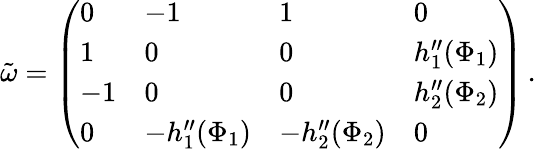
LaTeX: \begin{array}{r}{\tilde{\omega}=\left(\begin{array}{llll}{0}&{-1}&{1}&{0}\\ {1}&{0}&{0}&{h_{1}^{\prime\prime}(\Phi_{1})}\\ {-1}&{0}&{0}&{h_{2}^{\prime\prime}(\Phi_{2})}\\ {0}&{-h_{1}^{\prime\prime}(\Phi_{1})}&{-h_{2}^{\prime\prime}(\Phi_{2})}&{0}\end{array}\right)\, .}\end{array}